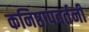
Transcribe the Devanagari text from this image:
कनिष्ठापवर्तनी